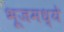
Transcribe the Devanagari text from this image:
भूजमध्ये